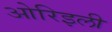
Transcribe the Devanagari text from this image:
ओरिइली